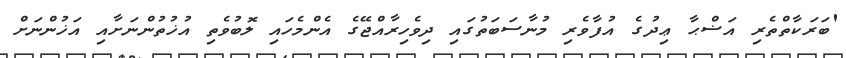
'ބަރަކާތްތެރި އަޟްޙާ ޢިދުގެ އުފާވެރި މުނާސަބަތުގައި ދިވެހިރާއްޖޭގެ އެންމެހައި ލޮބުވެތި އުޚުތުންނަށާއި އަޚުންނަށް